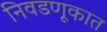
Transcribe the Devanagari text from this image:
निवडणूकात